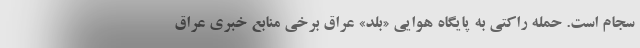
سجام است. حمله راکتی به پایگاه هوایی «بلد» عراق برخی منابع خبری عراق